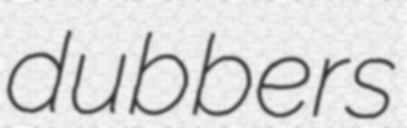
dubbers